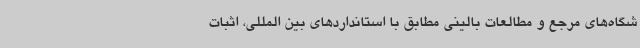
شگاه‌های مرجع و مطالعات بالینی مطابق با استانداردهای بین المللی، اثبات